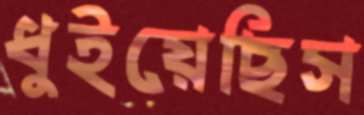
ধুইয়েছিস